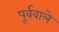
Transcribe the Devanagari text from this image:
पूर्ववाले